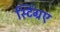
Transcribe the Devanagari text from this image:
स्टिंग्रए